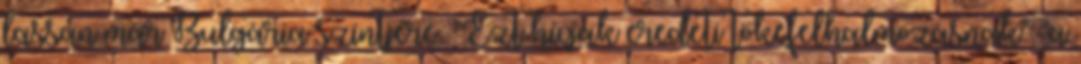
lassan már Bulgária szintjére. "Ezt hívják eredeti tőkefelhalmozásnak" "a